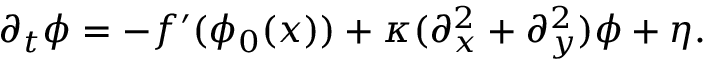
\begin{array} { r } { \partial _ { t } \phi = - f ^ { \prime } ( \phi _ { 0 } ( x ) ) + \kappa ( \partial _ { x } ^ { 2 } + \partial _ { y } ^ { 2 } ) \phi + \eta . } \end{array}